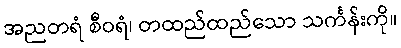
အညတရံ စီဝရံ၊ တထည်ထည်သော သင်္ကန်းကို။